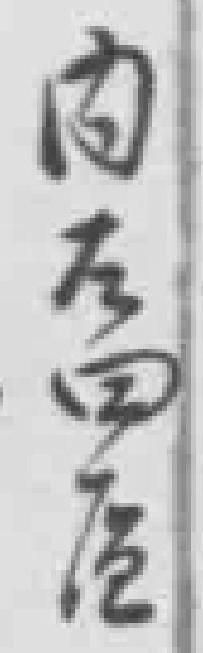
内左四*